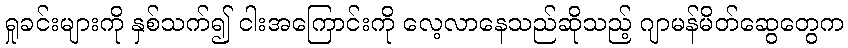
ရှုခင်းများကို နှစ်သက်၍ ငါးအကြောင်းကို လေ့လာနေသည်ဆိုသည့် ဂျာမန်မိတ်ဆွေတွေက